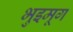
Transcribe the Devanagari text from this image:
भुइमूग